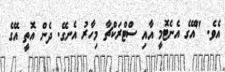
އެވެ. "އޭގެ އެނެޓޮމީ އާއި ސްޓްރަކްޗާ މިހާރު އެނގޭ. ދެން އޮތީ އޭގެ